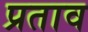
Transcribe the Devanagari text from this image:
प्रताव